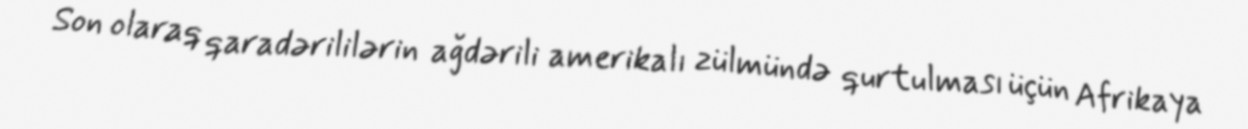
Son olaraq qaradərililərin ağdərili amerikalı zülmündə qurtulması üçün Afrikaya